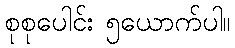
စုစုပေါင်း ၅ယောက်ပါ။